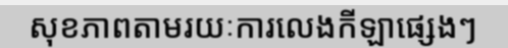
សុខភាពតាមរយៈការលេងកីឡាផ្សេងៗ